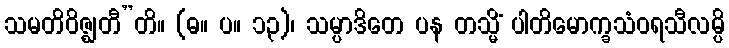
သမတိဝိဇ္ဈတီ”တိ။ (ဓ။ ပ။ ၁၃)၊ သမ္ပာဒိတေ ပန တသ္မိံ ပါတိမောက္ခသံဝရသီလမ္ပိ